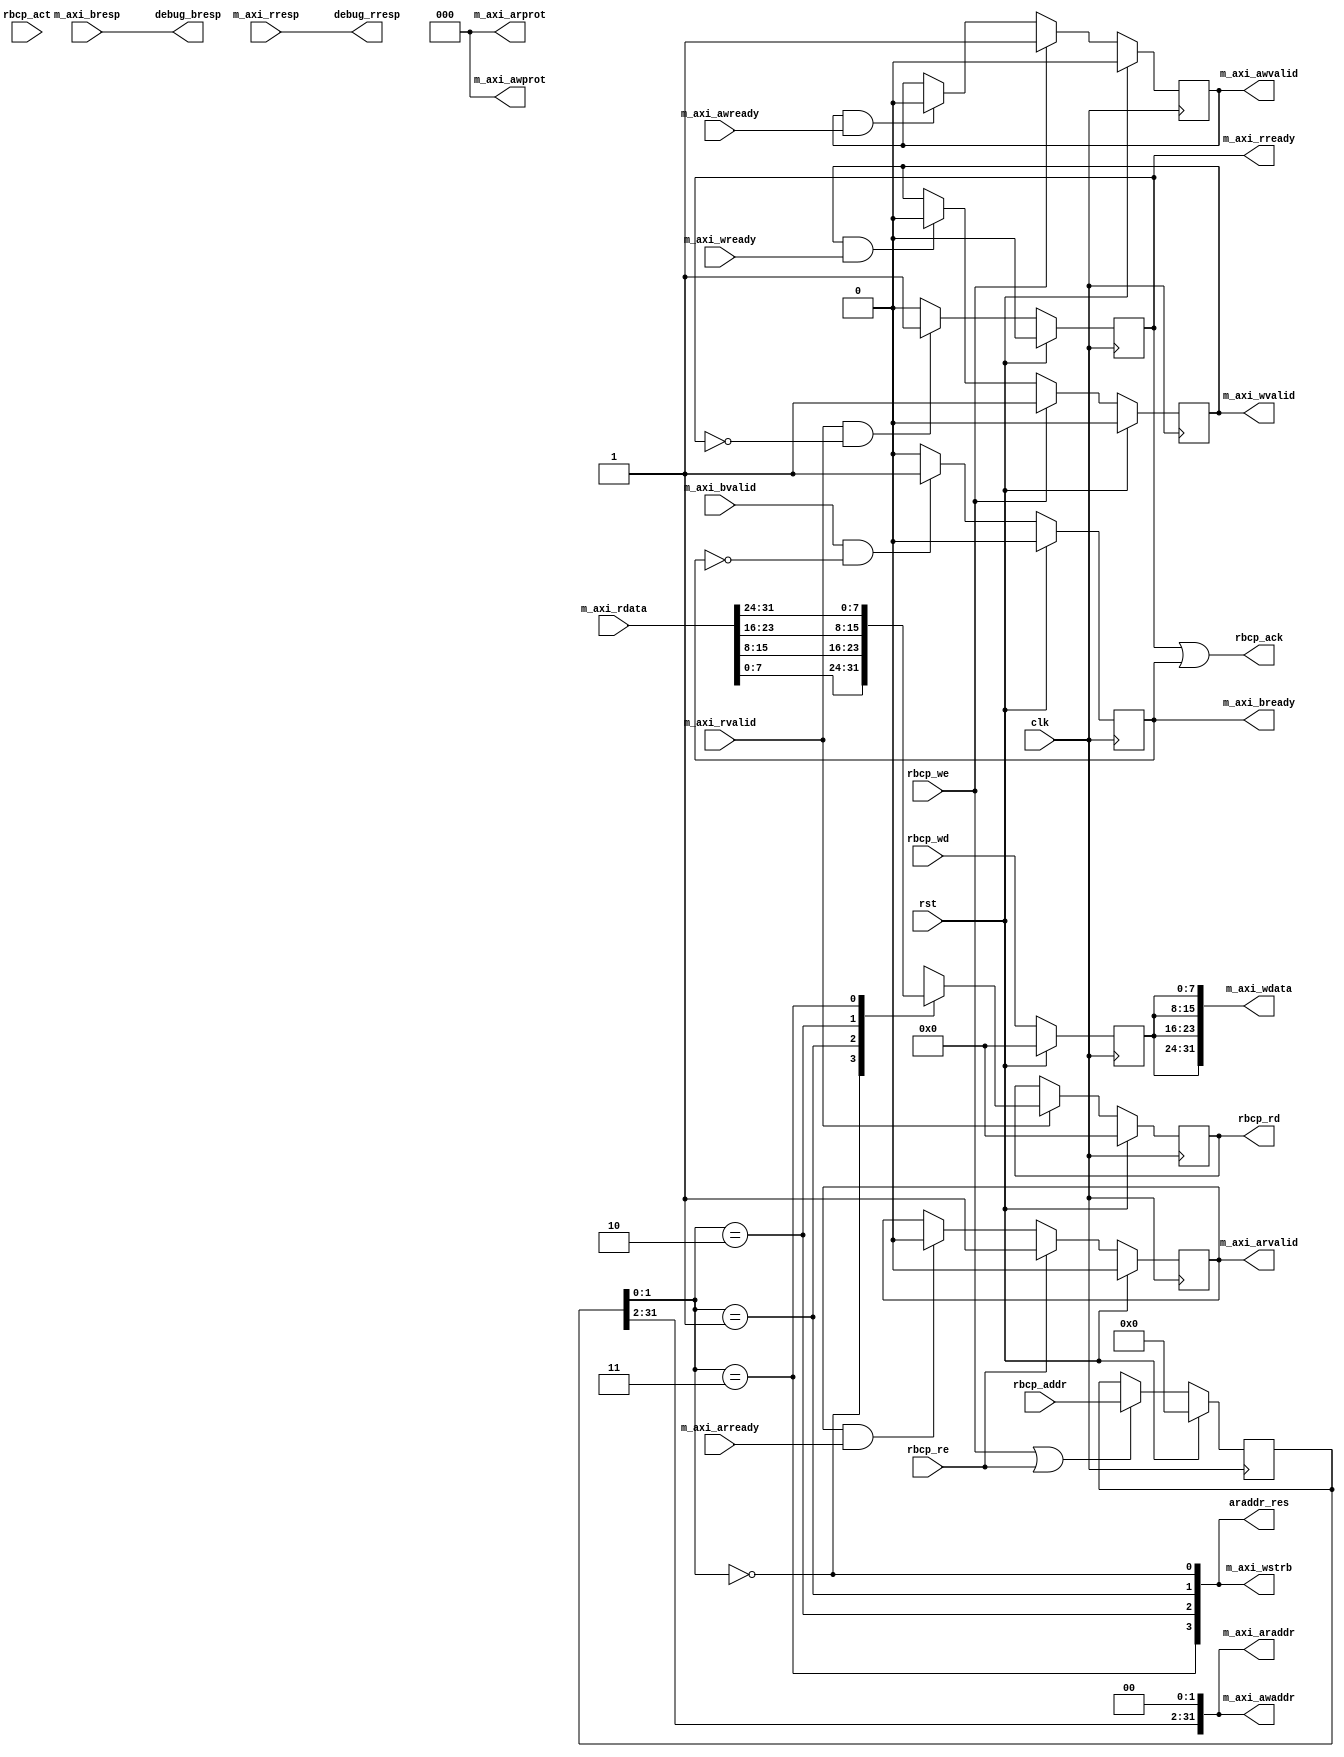
`timescale 1ns / 1ps

module rbcp_bridge(
    input wire clk,
    input wire rst,
    // RBCP
    input  wire        rbcp_act,
    input  wire [31:0] rbcp_addr,
    input  wire [7:0]  rbcp_wd,
    input  wire        rbcp_we,
    input  wire        rbcp_re,
    output wire        rbcp_ack,
    output wire [7:0]  rbcp_rd,
    // AXI
    output wire [31:0] m_axi_awaddr, // write address
    output wire [2:0]  m_axi_awprot, // write channel protection type
    output wire        m_axi_awvalid,// write address valid
    input  wire        m_axi_awready,// write address ready

    output wire [31:0] m_axi_wdata,  // write data channel
    output wire [3:0]  m_axi_wstrb,  // valid lanes
    output wire        m_axi_wvalid, // write valid
    input  wire        m_axi_wready, // write ready

    input  wire [1:0]  m_axi_bresp,  // write response channel
    input  wire        m_axi_bvalid, // write response channel valid
    output wire        m_axi_bready, // write response channel ready

    output wire [31:0] m_axi_araddr, // read address
    output wire [2:0]  m_axi_arprot, // read channel protection type
    output wire        m_axi_arvalid,// read address valid
    input  wire        m_axi_arready,// read address ready
    input  wire [31:0] m_axi_rdata,  // read data
    input  wire        m_axi_rvalid, // read valid
    output wire        m_axi_rready, // read ready
    input  wire [1:0]  m_axi_rresp,  // read response

    // control signal
    output wire [3:0] araddr_res, // residual

    output wire [1:0] debug_rresp,
    output wire [1:0] debug_bresp
);
    // debug
    assign debug_rresp = m_axi_rresp;
    assign debug_bresp = m_axi_bresp;

    /////////////////////////////////// Address handling
    // address buffer
    reg [31:0] addr_buf;
    wire [1:0] addr_res;
    always @(posedge clk) begin
        if (rst) begin
            addr_buf <= 32'd0;
        end else begin
            if (rbcp_we || rbcp_re) begin
                addr_buf <= rbcp_addr;
            end
        end
    end

    assign m_axi_awaddr = {addr_buf[31:2], 2'b00};
    assign m_axi_araddr = {addr_buf[31:2], 2'b00};

    assign addr_res = addr_buf[1:0];

    // Assuming little endian
    assign m_axi_wstrb[0] = (addr_res == 2'd0);
    assign m_axi_wstrb[1] = (addr_res == 2'd1);
    assign m_axi_wstrb[2] = (addr_res == 2'd2);
    assign m_axi_wstrb[3] = (addr_res == 2'd3);

    assign araddr_res = m_axi_wstrb;

    // awvalid
    reg awvalid_buf;
    always @(posedge clk) begin
        if (rst) begin
            awvalid_buf <= 1'b0;
        end else begin
            if (rbcp_we) begin
                awvalid_buf <= 1'b1;
            end else if (awvalid_buf && m_axi_awready) begin
                // Address transaction finish
                awvalid_buf <= 1'b0;
            end
        end
    end
    assign m_axi_awvalid = awvalid_buf;

    // arvalid
    reg arvalid_buf;
    always @(posedge clk) begin
        if (rst) begin
            arvalid_buf <= 1'b0;
        end else begin
            if (rbcp_re) begin
                arvalid_buf <= 1'b1;
            end else if (arvalid_buf && m_axi_arready) begin
                // Address transaction finish
                arvalid_buf <= 1'b0;
            end
        end
    end
    assign m_axi_arvalid = arvalid_buf;

    /////////////////////////////////// Write data handling
    reg [7:0] wdata_buf;
    always @(posedge clk) begin
        if (rst) begin
            wdata_buf <= 32'd0;
        end else begin
            wdata_buf <= rbcp_wd;
        end
    end
    assign m_axi_wdata = {4{wdata_buf}};

    reg wvalid_buf;
    always @(posedge clk) begin
        if (rst) begin
            wvalid_buf <= 1'b0;
        end else begin
            if (rbcp_we) begin
                wvalid_buf <= 1'b1;
            end else if (wvalid_buf && m_axi_wready) begin
                wvalid_buf <= 1'b0;
            end
        end
    end
    assign m_axi_wvalid = wvalid_buf;

    /////////////////////////////////// Write response handling
    reg bready_buf;
    always @(posedge clk) begin
        if (rst) begin
            bready_buf <= 1'b0;
        end else begin
            if (m_axi_bvalid && ~bready_buf) begin
                bready_buf <= 1'b1;
            end else if (bready_buf) begin
                bready_buf <= 1'b0;
            end else begin
                bready_buf <= bready_buf;
            end
        end
    end
    assign m_axi_bready = bready_buf;

    /////////////////////////////////// Read data handling
    reg [7:0] rdata_buf;
    always @(posedge clk) begin
        if (rst) begin
            rdata_buf <= 8'd0;
        end else begin
            if (m_axi_rvalid) begin
                case (addr_res)// little endian
                2'b00: rdata_buf <= m_axi_rdata[7:0];
                2'b01: rdata_buf <= m_axi_rdata[15:8];
                2'b10: rdata_buf <= m_axi_rdata[23:16];
                2'b11: rdata_buf <= m_axi_rdata[31:24];
                default: rdata_buf <= 0;
                endcase
            end
        end
    end
    assign rbcp_rd = rdata_buf;

    /////////////////////////////////// Read response handling
    reg rready_buf;
    always @(posedge clk) begin
        if (rst) begin
            rready_buf <= 1'b0;
        end else begin
            if (m_axi_rvalid && ~rready_buf) begin
                rready_buf <= 1'b1;
            end else if (rready_buf) begin
                rready_buf <= 1'b0;
            end else begin
                rready_buf <= rready_buf;
            end
        end
    end
    assign m_axi_rready = rready_buf;

    /////////////////////////////////// RBCP acknowledge
    assign rbcp_ack = m_axi_rready | m_axi_bready;

    /////////////////////////////////// Protection type
    assign m_axi_awprot = 3'b000;
    assign m_axi_arprot = 3'b000;


endmodule